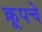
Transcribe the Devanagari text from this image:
क्रूपचे